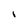
Character: l